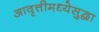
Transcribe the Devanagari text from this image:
आवृत्तीमध्येसुद्धा